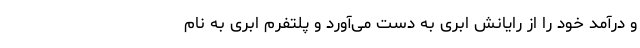
و درآمد خود را از رایانش ابری به دست می‌آورد و پلتفرم ابری به نام